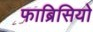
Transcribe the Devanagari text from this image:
फाब्रिसियो